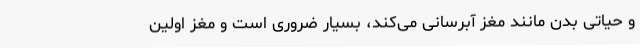
و حیاتی بدن مانند مغز آبرسانی می‌کند، بسیار ضروری است و مغز اولین